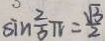
\sin \frac { 2 } { 5 } \pi = \frac { \sqrt { 3 } } { 2 }